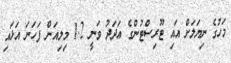
މަހުގެ ނިޔަަލަށް އައި ޓޫރިސްޓުންގެ އަދަދު ވަނީ 1.2 މިލިއަން ފަހަނަ އަޅައި